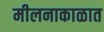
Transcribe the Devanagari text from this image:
मीलनाकाळात